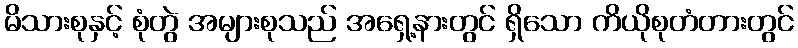
မိသားစုနှင့် စုံတွဲ အများစုသည် အရှေ့နားတွင် ရှိသော ကိယိုစုတံတားတွင်